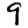
Digit: 9